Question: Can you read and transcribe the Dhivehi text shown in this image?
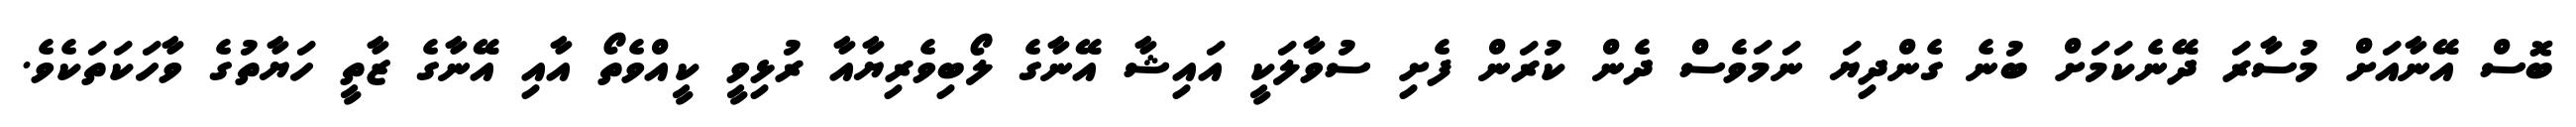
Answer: ބޮސް އޭނާއަށް މުސާރަ ދޭނެކަމަށް ބުނެ ގެންދިޔަ ނަމަވެސް ދެން ކުރަން ފެށި ސުވާލަކީ އައިޝާ އޭނާގެ ލޯބިވެރިޔާއާ ރުޅިވީ ކީއްވެތޯ އާއި އޭނާގެ ޒާތީ ހަޔާތުގެ ވާހަކަތަކެވެ.